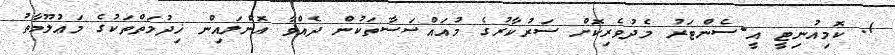
1. ކޮމިއުނިޓީ އީ-ސެންޓަރު މެދުވެރިކޮށް ސަރުކާރުގެ މުއައްސަސާތަކުން ދެއްވާ އޮންލައިން ޚިދުމަތްތަކުގެ މަޢުލޫމާތު